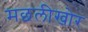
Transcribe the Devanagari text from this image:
मछलीखोर